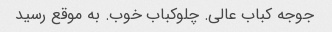
جوجه کباب عالی. چلوکباب خوب. به موقع رسید